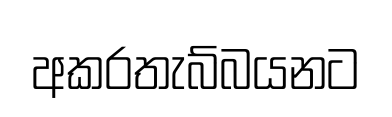
අකරතැබ්බයනට